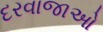
દરવાજાઓ